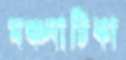
মঞ্চনাটিকা